Leaving Certificate Examination, 1906
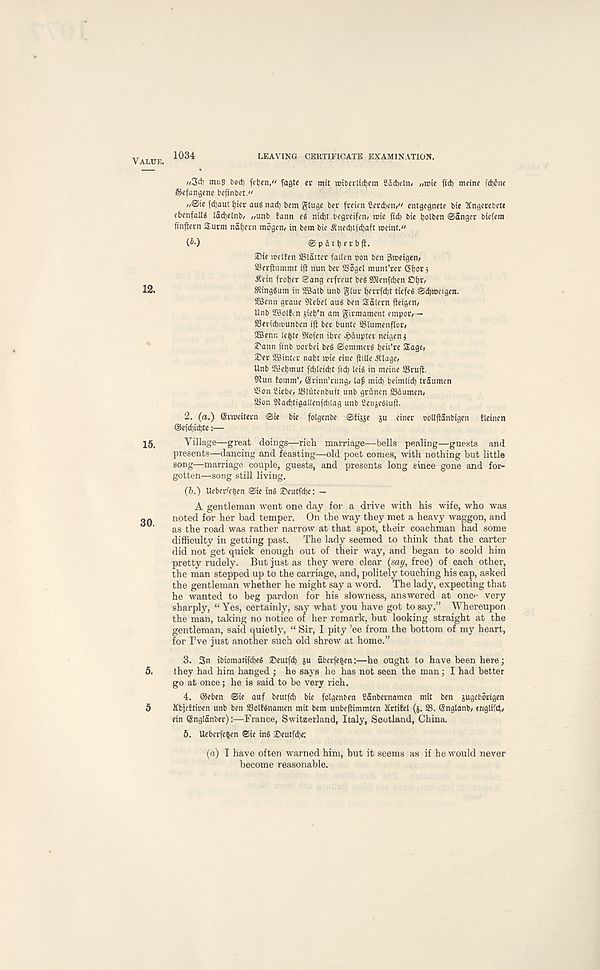
1034
LEAVING CERTIFICATE EXAMINATION.
//3cf) mufl feed) fc&en," fagtc et mit njiberltdiem Sddjeln/ ntoie ftd) mcine fd)6nf
Sefan^cne befinbct."
//@tc fd)aut tjicc aafi nad) bcm gluge bcr frcicn £erd)cn/" cntgcgnctc bie Tlngcrcbcte
ebenfallS ladjclnb/ //unb fann e$ nibbt bcgccifcn/ reic fid) bie tjolben Sanger biefera
finjlern Surm nafjern raogen/ in bem bie $ned)tfd)aft meint."
(i-)
Spdttjerbfl.
2)te mellen SSldttec fallen non ben 3>neig«n/
SBeritumnit i)t nun bee SSogcl munt’rer gfjotj
J?ein fvotjer Sang erfreut bes gjlenfd)en Oljr,
fRingSum in SBalb unb glur Ijerrfdjt tiefeS Sd^weigen.
SBenn graue fltebel aud ben Salem fleigen/
Unb SBolfm jiefj’n am girmamenf empor/—
SSeridjmunben iff ber bunte iBlumenflor/
3Benn lc|te fKofen ibre ^)duptei neigenj
S' ann finb oorbet beg Sommerg fieii’re Sage,
25er 2Bintcr nabt mie cine jtille iflage/
Unb Sffietjmut fd)leid)t fid) leig in meine ffirufi,
Slun !omm’/ Srinn’rung/ la^ mid) beimlid) traumcn
Son Siebe/ SBlutenbuft unb grunen Sdumen/
Son Sadjtigallenfdilag unb Cenjegluft.
2. (a.) ©rmeitern Sie bie folgenbe Sfijje ju einer oollftanbigen fleinen
(5)efd)id)te:—
Village—great doings—rich marriage—bells pealing—guests and
presents—dancing and feasting—old poet comes, with nothing but little
song—marriage couple, guests, and presents long since gone and for-
gotten—song still living.
(ft.) Uebcrfefcen Ste tng ®eutfd)e: —
A gentleman went one day for a drive with his wife, who was
noted for her bad temper. On the way they met a heavy waggon, and
as the road was rather narrow at that spot, their coachman had some
difficulty in getting past. The lady seemed to think that the carter
did not get quick enough out of their way, and began to scold him
pretty rudely. But just as they were clear (say, free) of each other,
the man stepped up to the carriage, and, politely touching his cap, asked
the gentleman whether he might say a word. The lady, expecting that
he wanted to beg pardon for his slowness, answered at one*- very
sharply, “ Yes, certainly, say what you have got to say.” Whereupon
the man, taking no notice of her remark, but looking straight at the
gentleman, said quietly, “ Sir, I pity ’ee from the bottom of my heart,
for I’ve just another such old shrew at home.”
3. 3n ibiomattfcfjeS Seutfd) gu fibcrfefcen:—he ought to have been here;
they had him hanged ; he says he has not seen the man ; I had better
go at once; he is said to be very rich.
4. ®eben @ie auf beutfd) bte folgenben Sanbernamen mit ben gugebortgen
XbieEticen unb ben S3ol!$namen mit bem unbeffimmten JCrtiEel (g. S3. (Snglanb/ eriglifd,/
ein ©nglanber):—France, Switzerland, Italy, Scotland, China.
5. Uebcrfefcen ©ie in§ ©eutfd)e:
(a) I have often warned him, but it seems as if he would never
become reasonable.